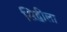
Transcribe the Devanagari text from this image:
सिद्धीला